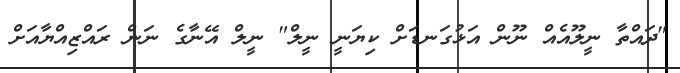
"ދައްތާ ނީލޫއެއް ނޫން އަޅުގަނޑަށް ކިޔަނީ ނީލް" ނީލް އޭނާގެ ނަން ރައްޒިއްޔާއަށް